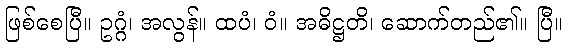
ဖြစ်စေပြီ။ ဥဂ္ဂံ၊ အလွန်။ ထပံ၊ ဝံ။ အဓိဋ္ဌတိ၊ ဆောက်တည်၏။ ပြီ။